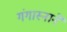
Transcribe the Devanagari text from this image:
गंगास्नानें